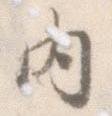
内